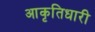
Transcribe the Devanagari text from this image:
आकृतिधारी